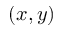
( x , y )